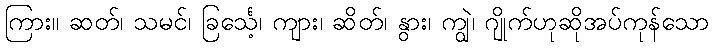
ကြား။ ဆတ်၊ သမင်၊ ခြင်္သေ့၊ ကျား၊ ဆိတ်၊ နွား၊ ကျွဲ၊ ဂျိုက်ဟုဆိုအပ်ကုန်သော